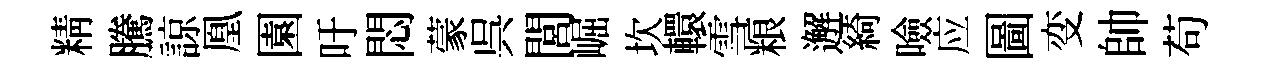
精騰諒凰園吁悶蒙呉閭崛坎轘雪粮邂綺噞应圖变帥苟